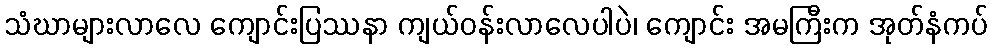
သံဃာများလာလေ ကျောင်းပြဿနာ ကျယ်ဝန်းလာလေပါပဲ၊ ကျောင်း အမကြီးက အုတ်နံကပ်